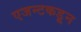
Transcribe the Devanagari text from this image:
एजन्टकडून